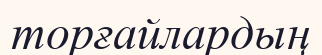
торғайлардың